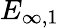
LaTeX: E_{\infty,1}